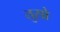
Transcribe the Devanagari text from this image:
तुसो